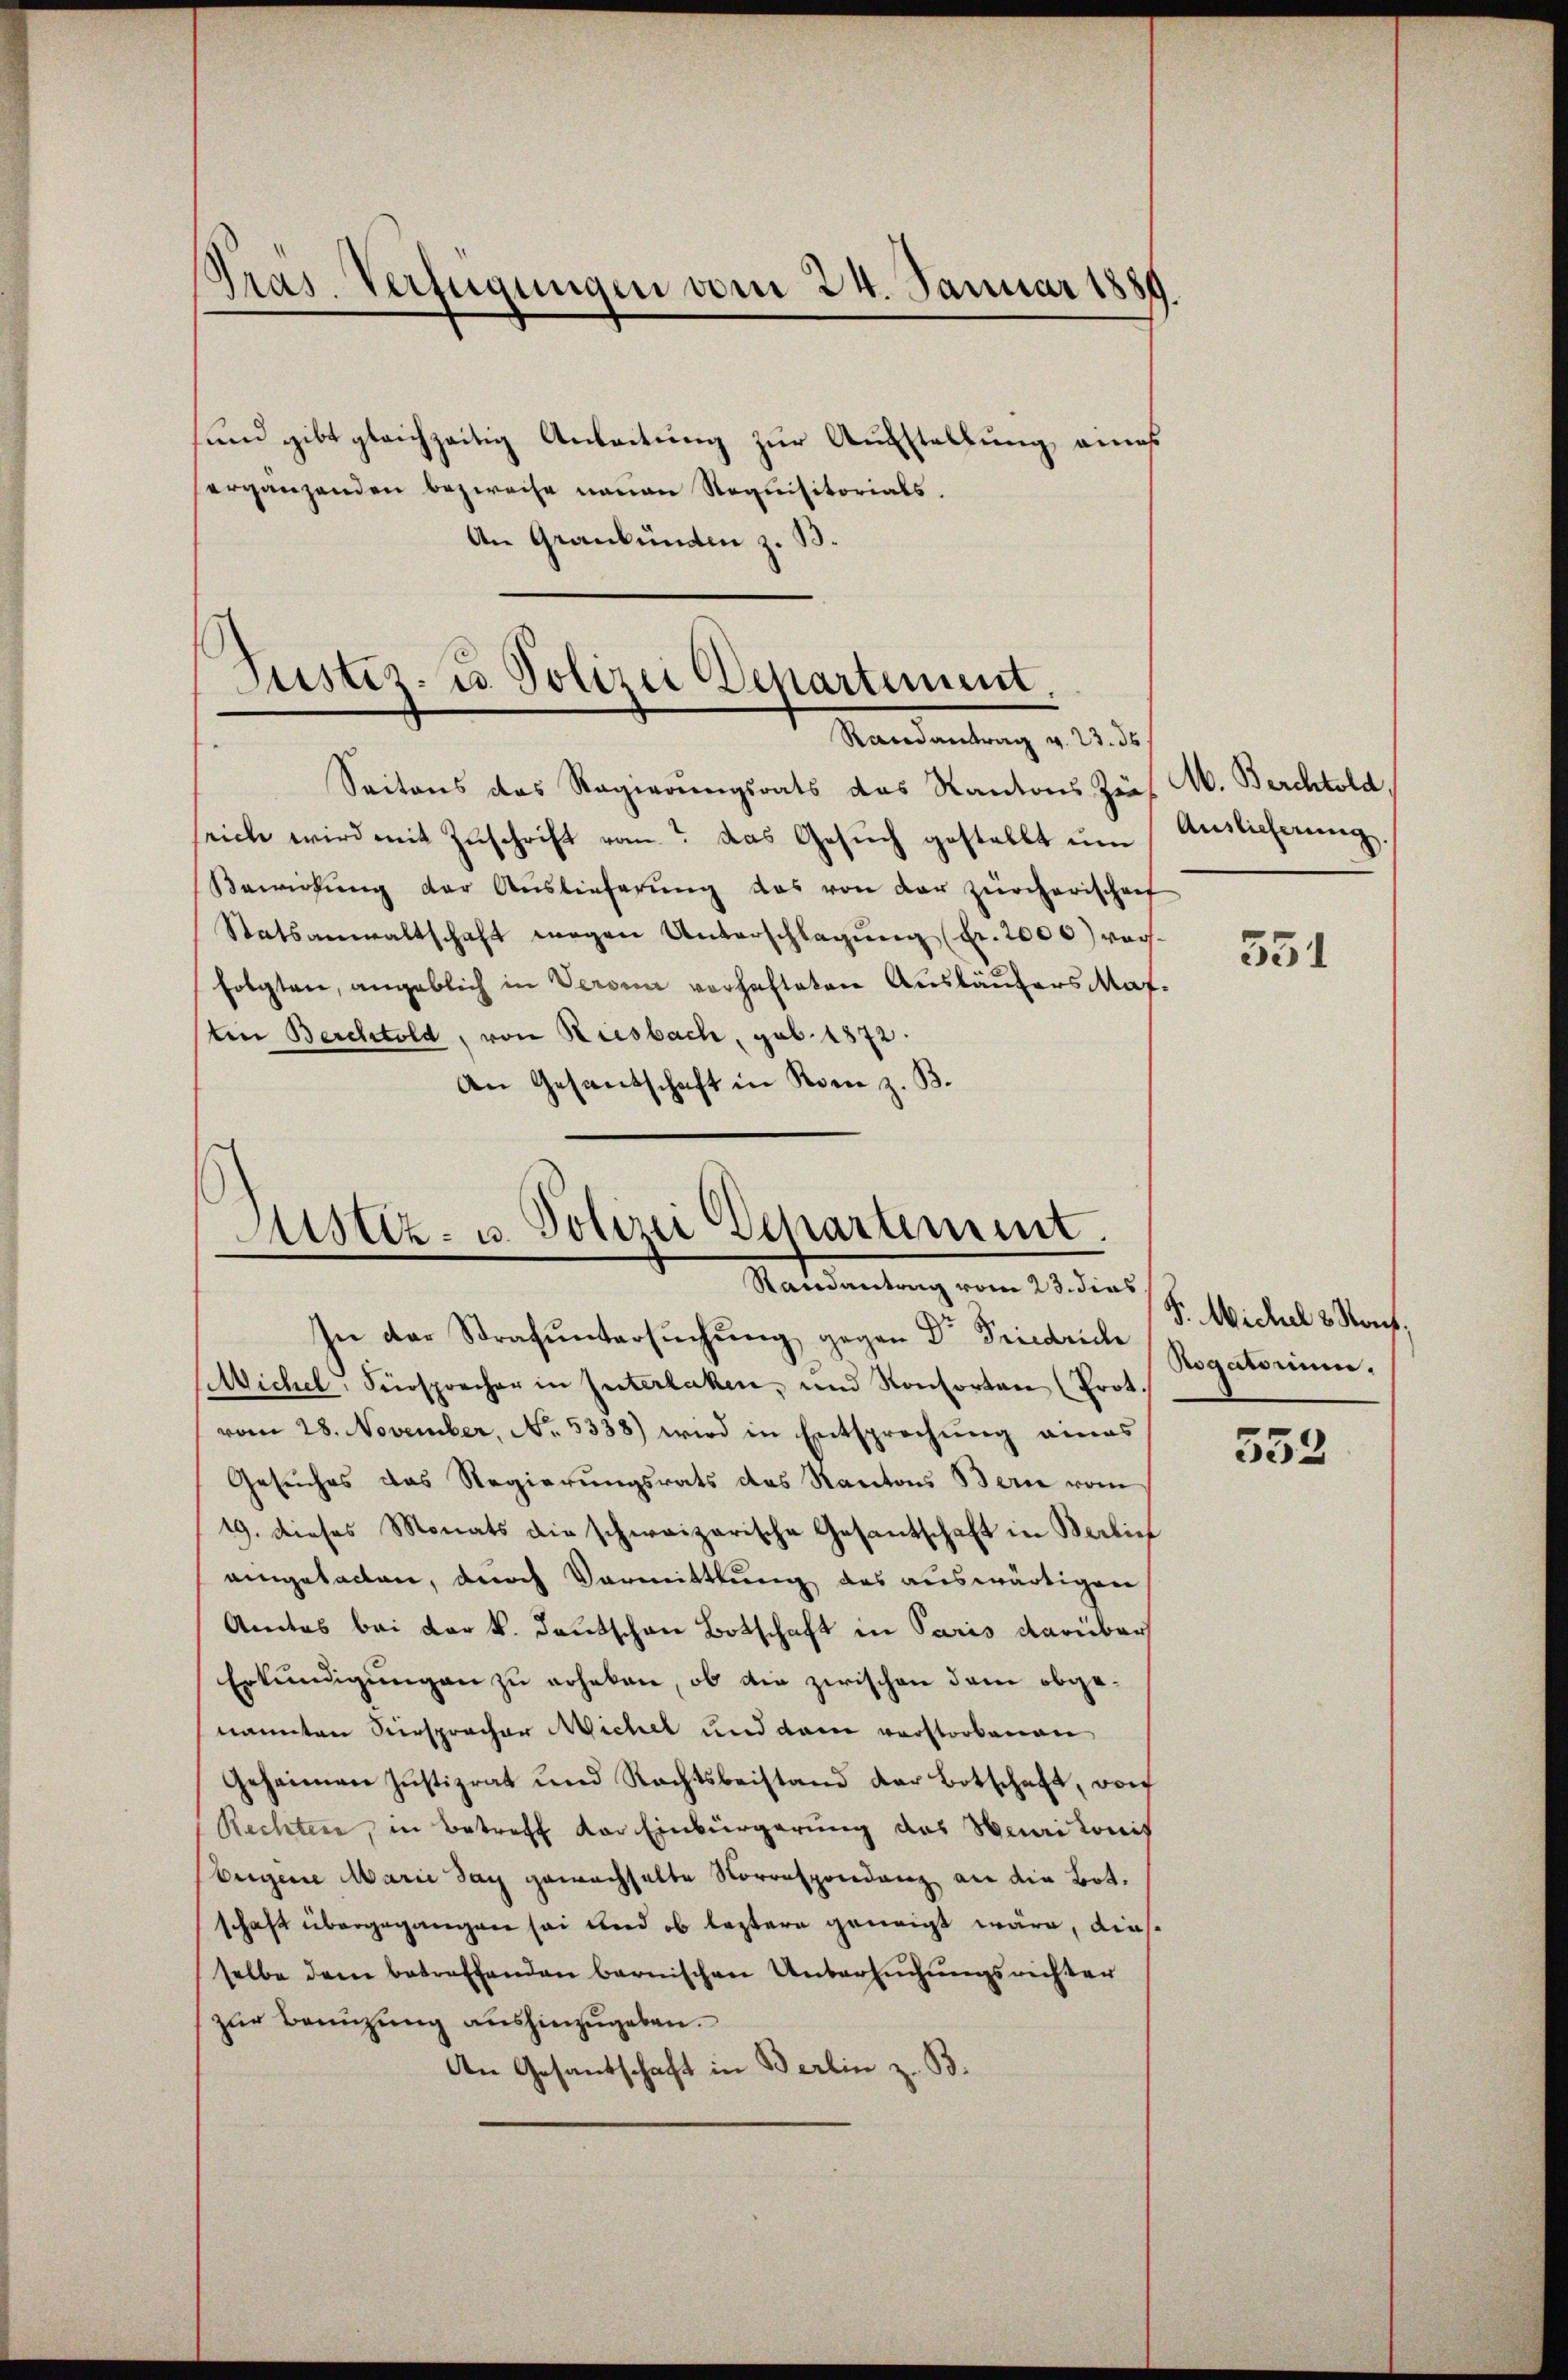
Präs. Verfügungen vom 24. Januar 1889.

und gibt gleichzeitig Anleitung zur Ausstellung eines
ergänzenden bezweife neuen Noquisitorials.
An Graubünden z. B.

Justiz- u. Polizei Departement,
Randantrag v. 23. ds

Saitens das Regierungsrats das Kantons Zins W. Berchtold,
seiche wird mit Zŭschrift vom das Gesŭch gestellt ŭm Auslicherŭng.
Bewirkung der Auslieferung das von der Zürcherischenf
Statsanwaltschaft wegen Unterschlagung (Fr. 2000) vorfolgten, angeblich in Verona vorhafteten Ausläufers Maf-
tin Berchtold, von Riesbach, sub. 1872.
An Gesandschaft in Rom z. B.

Justiz- u. Polizei Departement.
Randantrag vom 23. dies
In der Strafuntersuchung gegen Dr Friedrich
Michel, Fürsprecher in Interlaken, und Konsorten (Prot.

vom 28. November, No. 5338) wird in Entsprechung eines
Gesuches das Regierungsrats das Kantons Berne vom
19. dieses Monats die schweizerische Gesantschaft in Berlin
eingeladen, durch Vormittlung des auswärtigen
Amtos bei der k. Deutschen Botschaft in Paris darüber
Erkundigungen zu erheben, ob die zwischen dem obgenannten Verspracher Michel und dem verstorbenen
Geheimen Justizrat und Rechtsbeistand der Botschaft, von
(Rechten, in Betreff der Einbürgerung des Suailonis
bergene Marie Tag gewachhalte Korrespondenz an die Bot.
schaft übergegangen sei und ob leztere geneigt wäre, diesselbe dem betreffenden bernischen Untersuchungsrichter
zur Benüzung aushinzugeben.
An Gesandschaft in Berlin z. B.

551

F. Michel & Nach
Rogatorium.

552